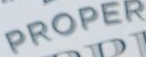
PROPER